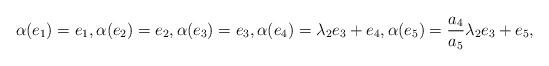
LaTeX: \begin{align*}\alpha(e_1) = e_1 ,\alpha(e_2) = e_2, \alpha(e_3) = e_3, \alpha(e_4) = \lambda_2e_3 + e_4,\alpha(e_5) = \frac{a_4}{a_5}\lambda_2e_3 + e_5,\end{align*}